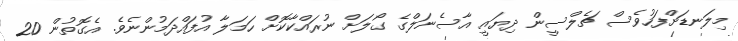
މިލަނޑަށްފަހުވެސް ޗެލްސީން ދިޔައީ އާސެނަލްގެ ގޯލަށް ނުރައްކާކޮށް ހަމަލާ އުފައްދަމުންނެވެ. އެގޮތުން 20